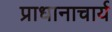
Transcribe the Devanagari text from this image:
प्राधानाचार्य